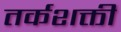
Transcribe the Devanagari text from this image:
तर्कशक्ती